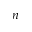
n